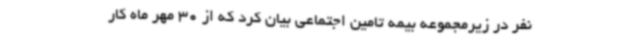
نفر در زیرمجموعه بیمه تامین اجتماعی بیان کرد که از 30 مهر ماه کار